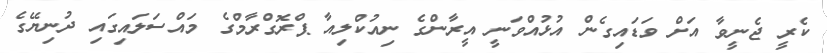
ކެރީ ޖެނީވާ އަށް ވަޑައިގެން އުޅުއްވަނީ އީރާންގެ ނިއުކްލިއާ ޕްރޮގްރާމްގެ މައްސަލައިގައި ދުނިޔޭގެ